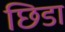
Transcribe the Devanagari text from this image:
छिडा